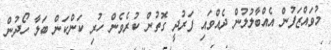
މުވައްޒަފުން އެއްބާލުލުން ދެއްވައި ފަރުދީ ގޮތުން ކުރެވެން ހުރި ކަންކަން ބަލާ ހޯދުން